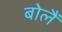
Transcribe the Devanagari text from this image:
बोलैं